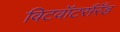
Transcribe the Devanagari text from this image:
विटवॉटर्सरँड